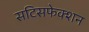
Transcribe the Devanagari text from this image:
सटिसफेक्शन